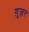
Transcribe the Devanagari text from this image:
ग़ुज़र